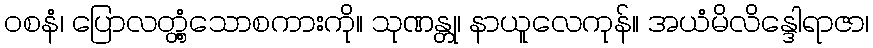
ဝစနံ၊ ပြောလတ္တံ့သောစကားကို။ သုဏန္တု၊ နာယူလေကုန်။ အယံမိလိန္ဒေါရာဇာ၊